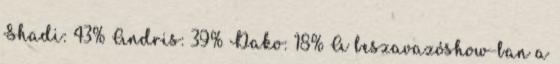
Shadi: 43% Andris: 39% Dako: 18% A beszavazóshow-ban a